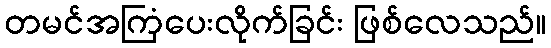
တမင်အကြံပေးလိုက်ခြင်း ဖြစ်လေသည်။